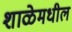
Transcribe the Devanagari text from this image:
शाळेमधील